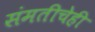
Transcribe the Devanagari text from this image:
संमतीचेही